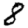
Digit: 8